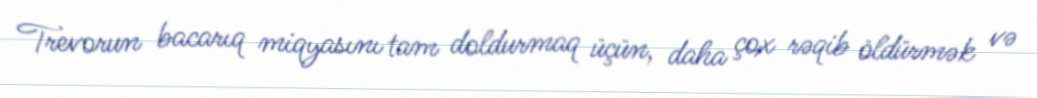
Trevorun bacarıq miqyasını tam doldurmaq üçün, daha çox rəqib öldürmək və